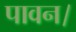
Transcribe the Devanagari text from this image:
पावन।